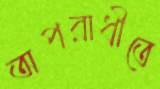
অপরাধীতে